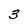
Character: 3